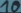
Text: 10